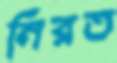
নিরত